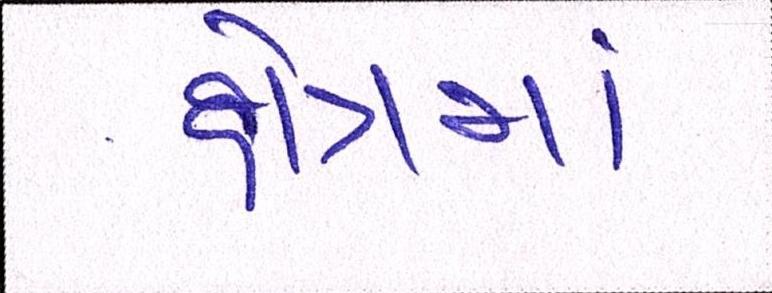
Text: ક્ષેત્રમાં